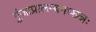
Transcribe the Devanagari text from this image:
गुंजाप्रालम्बनच्छन्नः